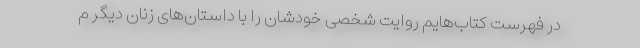
در فهرست کتاب‌هایم روایت شخصی خودشان را با داستان‌های زنان دیگر م